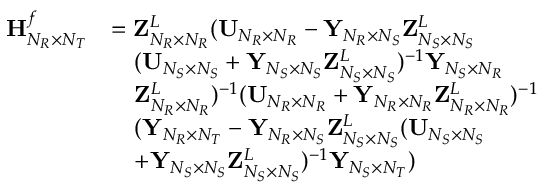
\begin{array} { r l } { { \bf { H } } _ { N _ { R } \times N _ { T } } ^ { f } } & { = { \bf { Z } } _ { N _ { R } \times N _ { R } } ^ { L } ( { \bf { U } } _ { N _ { R } \times N _ { R } } - { \bf { Y } } _ { N _ { R } \times N _ { S } } { \bf { Z } } _ { N _ { S } \times N _ { S } } ^ { L } } \\ & { \quad ( { \bf { U } } _ { N _ { S } \times N _ { S } } + { \bf { Y } } _ { N _ { S } \times N _ { S } } { \bf { Z } } _ { N _ { S } \times N _ { S } } ^ { L } ) ^ { - 1 } { \bf { Y } } _ { N _ { S } \times N _ { R } } } \\ & { \quad { \bf { Z } } _ { N _ { R } \times N _ { R } } ^ { L } ) ^ { - 1 } ( { \bf { U } } _ { N _ { R } \times N _ { R } } + { \bf { Y } } _ { N _ { R } \times N _ { R } } { \bf { Z } } _ { N _ { R } \times N _ { R } } ^ { L } ) ^ { - 1 } } \\ & { \quad ( { \bf { Y } } _ { N _ { R } \times N _ { T } } - { \bf { Y } } _ { N _ { R } \times N _ { S } } { \bf { Z } } _ { N _ { S } \times N _ { S } } ^ { L } ( { \bf { U } } _ { N _ { S } \times N _ { S } } } \\ & { \quad + { \bf { Y } } _ { N _ { S } \times N _ { S } } { \bf { Z } } _ { N _ { S } \times N _ { S } } ^ { L } ) ^ { - 1 } { \bf { Y } } _ { N _ { S } \times N _ { T } } ) } \end{array}